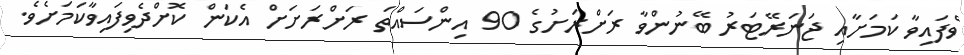
ވެފައިވާ ކަމަށާއި ޖަނަރޭޓަރު ބޭނުންވާ ރަށްރަށުގެ 90 އިންސައްތަ ރަށްރަށަށް އެކަން ކޮށްދެވިފައިވާކަމަށެވެ.